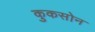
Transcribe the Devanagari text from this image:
कुकसोन